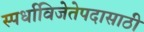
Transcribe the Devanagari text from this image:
स्पर्धाविजेतेपदासाठी